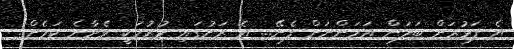
އެ ފަޅުރަށް ބަލަން އަހަންނަށް ފެނޭ... އެ ރަށުގައި ހުރުމަކީ ވެދާނެ ކަމެށް..